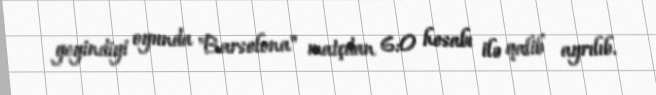
geyindiyi oyunda "Barselona" matçdan 6:0 hesabı ilə qalib ayrılıb.